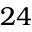
2 4